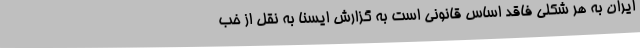
ایران به هر شکلی فاقد اساس قانونی است به گزارش ایسنا به نقل از خب